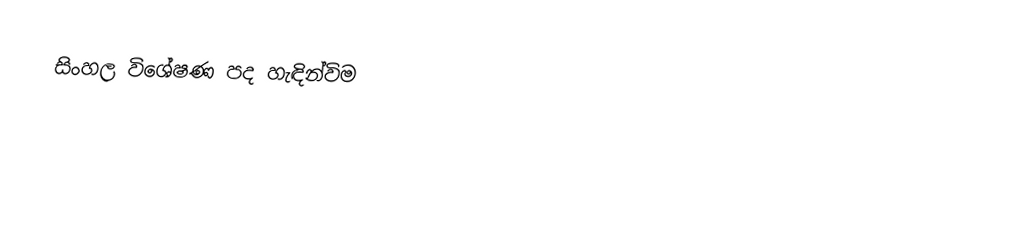
සිංහල විශේෂණ පද හැඳින්විම